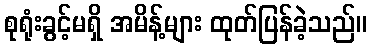
စုရုံးခွင့်မရှိ အမိန့်များ ထုတ်ပြန်ခဲ့သည်။